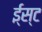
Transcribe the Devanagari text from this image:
ई्स्ट